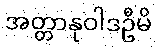
အတ္တာနုဝါဒဦမိ